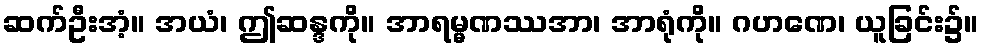
ဆက်ဦးအံ့။ အယံ၊ ဤဆန္ဒကို။ အာရမ္မဏဿအာ၊ အာရုံကို။ ဂဟဏေ၊ ယူခြင်း၌။